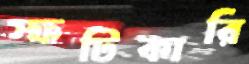
স্ফটিকারি